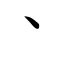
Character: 丶